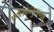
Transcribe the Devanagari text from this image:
फ्वेर्तेबेन्तुराच्या